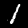
Digit: 1